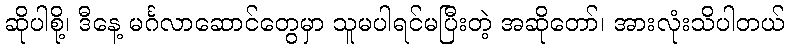
ဆိုပါစို့၊ ဒီနေ့ မင်္ဂလာဆောင်တွေမှာ သူမပါရင်မပြီးတဲ့ အဆိုတော်၊ အားလုံးသိပါတယ်